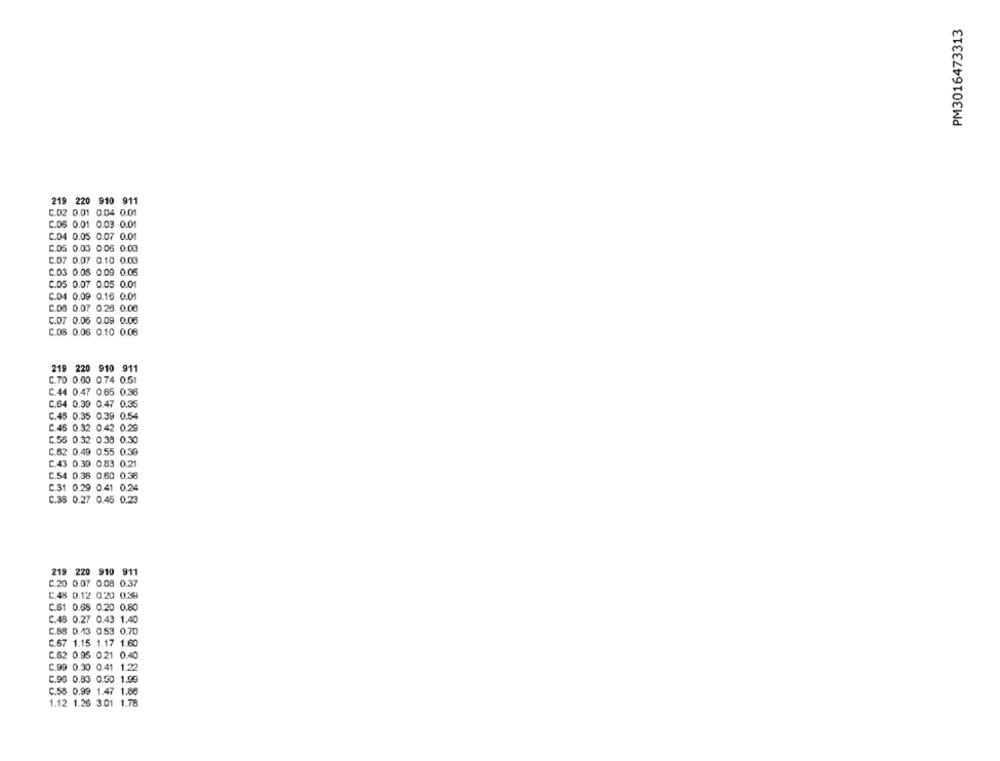
PM3016473313
219 220 910 911
C.02 0.01 0.04 0.01
C.OS 0.01 0.03 0.01
C.04 0.05 0.07 0.01
C.05 0.03 0.06 0.00
C.07 0.07. 0.10 0.03
C.03 0.08 0.09 0.06
C.05 0.07 0.05 0.01
C.04 0.09 0.16 0.01
C.03 0.07 0.26 0.00
C.07 0.05 0.09 0.06
C.08 0.06 0.10 0.08
219 220 910 911
C.70 0.60 0.74 0.51
C.44 0.47 0.65 0.36
C.64 0.39 0.47 0.35
C.45 0.35 0.39 0.54
C.45 0.32 0.42 0.29
C.56 0.32 0.38 0.30
C.62 0.49 0.55 0.39
C.43 0.39 0.83 0.21
C.54 0.36 0.60 0.36
C.31 0.29 0.41 0.24
C.38 0.27 0.45 0.23
219 220 910 911
C.20 0.07 0.08 0.37
C.48 0.12 0.20 0.39
C.61 0.68 0.20 0.80
C.48 0.27 0.43 1.40
C.88 0.13 0.53 0.70
C.67 1.15 1.17 1.60
C.62 0.95 0.21 0.40
C.99 0.30 0.41 1.22
C.93 0.83 0.50 1.99
C.5$ 0.99 1.47 1.86
1.12 1.26 3.01 1.78